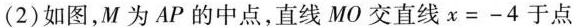
(2)如图，M为AP的中点，直线MO交直线$$x = - 4$$于点